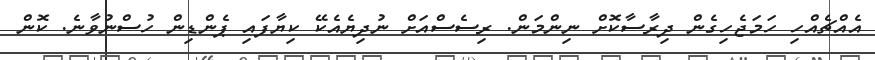
އެެއްޗެއްހި ހަމަޖެހިގެން ދިރާސާކޮށް ނިންމަން. ރިސެސްއަށް ނުދިޔެއެކޭ ކިޔާފައި ޕެންޑިން ހުސްނުވާނެ. ކޮން